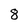
Character: 8